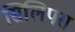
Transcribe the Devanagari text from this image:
सिलिपस